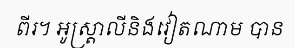
ពីរ។ អូស្ត្រាលីនិងវៀតណាម បាន